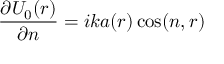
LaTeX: { \frac { \partial { U _ { 0 } ( r ) } } { \partial n } } = i k a ( r ) \cos ( n , r )